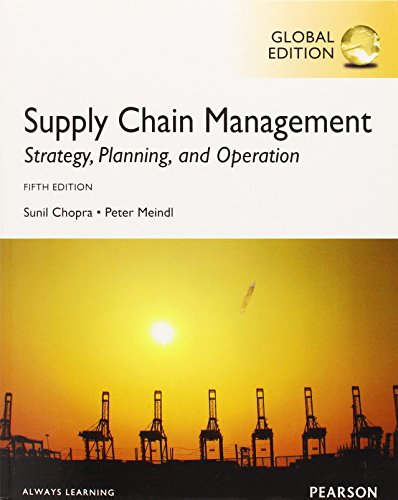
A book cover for Supply Chain Management: Strategy, Planning, and Operation. Sunil Chopra; Sunil Chopra; Business & Money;